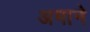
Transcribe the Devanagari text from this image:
अमाने